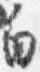
白